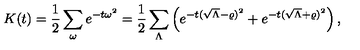
K ( t ) = \frac 1 2 \sum _ { \omega } e ^ { - t \omega ^ { 2 } } = \frac 1 2 \sum _ { \Lambda } \left( e ^ { - t ( \sqrt { \Lambda } - \varrho ) ^ { 2 } } + e ^ { - t ( \sqrt { \Lambda } + \varrho ) ^ { 2 } } \right) ,